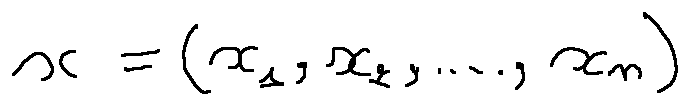
x = ( x _ { 1 } , x _ { 2 } , \ldots , x _ { n } )